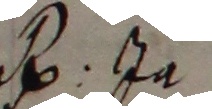
B. J.